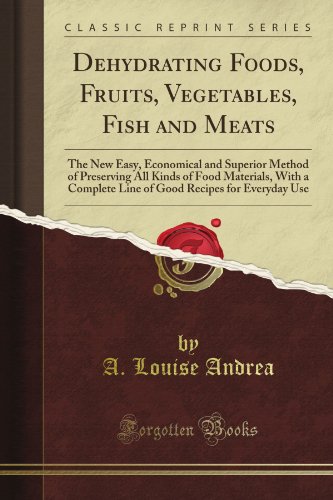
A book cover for Dehydrating Foods, Fruits, Vegetables, Fish and Meats: The New Easy, Economical and Superior Method of Preserving All Kinds of Food Materials, With a ... Recipes for Everyday Use (Classic Reprint); A. Louise Andrea; Cookbooks, Food & Wine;